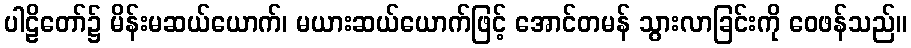
ပါဠိတော်၌ မိန်းမဆယ်ယောက်၊ မယားဆယ်ယောက်ဖြင့် အောင်တမန် သွားလာခြင်းကို ဝေဖန်သည်။